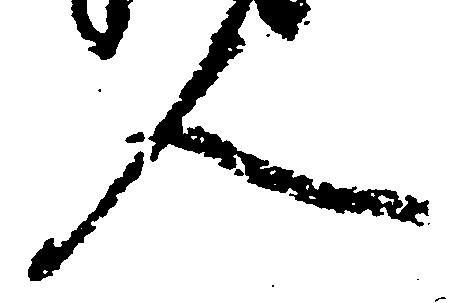
人